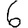
Digit: 6